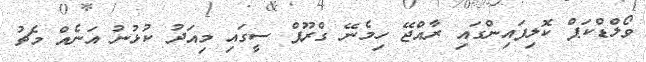
ވޯލްޑްކަޕް ކޮލިފައިންގައި ރާއްޖޭ ހިމެނޭ ގްރޫޕް ސީގައި މިއަދު ކުޅުނު އަނެއް މެޗު